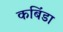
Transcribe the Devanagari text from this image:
कबिंडा